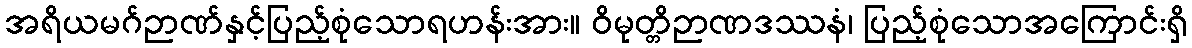
အရိယမဂ်ဉာဏ်နှင့်ပြည့်စုံသောရဟန်းအား။ ဝိမုတ္တိဉာဏဒဿနံ၊ ပြည့်စုံသောအကြောင်းရှိ